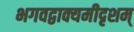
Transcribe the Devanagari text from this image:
भगवद्वाक्यमीदृशम्